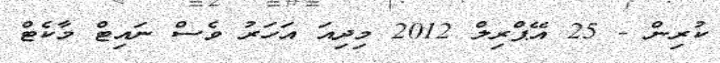
ކުރިން - 25 އޭޕްރިލް 2012 މިދިއަ އަހަރު ވެސް ނައިޓް މާކެޓް